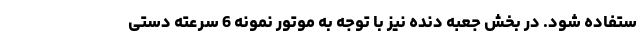
ستفاده شود. در بخش جعبه دنده نیز با توجه به موتور نمونه 6 سرعته دستی